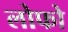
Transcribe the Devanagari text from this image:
लोफो